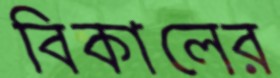
বিকালের